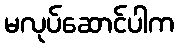
မလုပ်ဆောင်ပါက